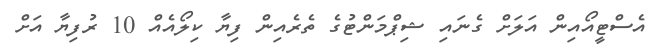
އެސްޓީއޯއިން އަލަށް ގެނައި ޝިޕްމަންޓުގެ ތެރެއިން ފިޔާ ކިލޯއެއް 10 ރުފިޔާ އަށް